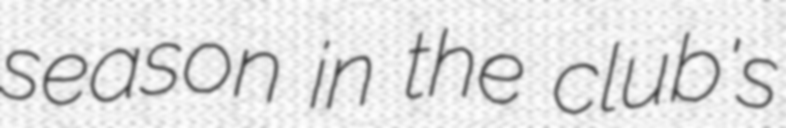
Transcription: season in the club's